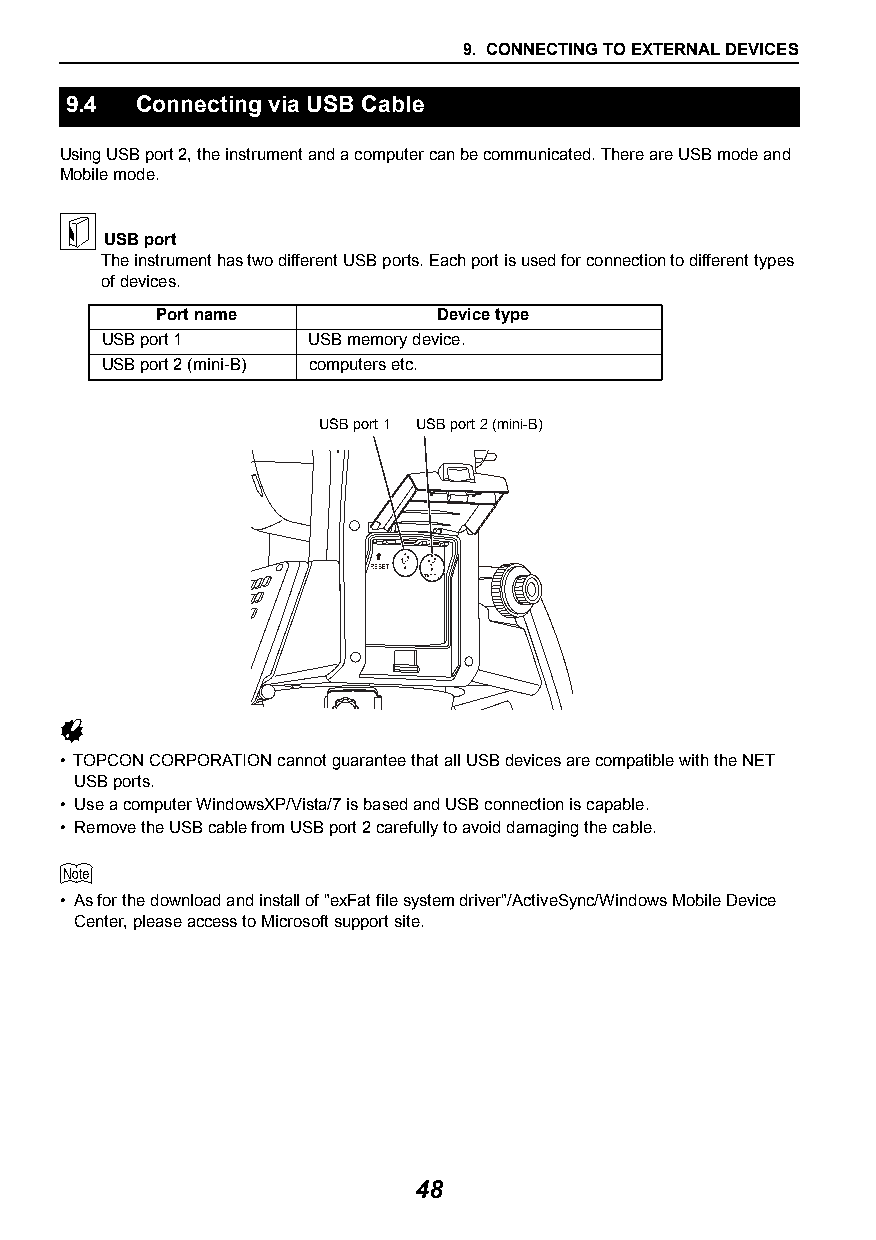
9. CONNECTING TO EXTERNAL DEVICES
 9.4  Connecting via USB Cable
 Using USB port 2, the instrument and a computer can be communicated. There are USB mode and
 Mobile mode.
 
 USB port
 The instrument has two different USB ports. Each port is used for connection to different types
 of devices.
 Port name          Device type
 USB port 1   USB memory device.
 USB port 2 (mini-B) computers etc.
 USB port 1 USB port 2 (mini-B)
 
 • TOPCON CORPORATION cannot guarantee that all USB devices are compatible with the NET
 USB ports.
 • Use a computer WindowsXP/Vista/7 is based and USB connection is capable.
 • Remove the USB cable from USB port 2 carefully to avoid damaging the cable.
 
 • As for the download and install of "exFat file system driver"/ActiveSync/Windows Mobile Device
 Center, please access to Microsoft support site.
 48